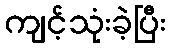
ကျင့်သုံးခဲ့ပြီး